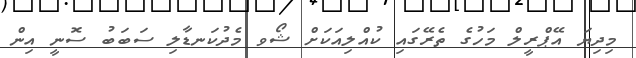
މިދިޔަ އޭޕްރީލް މަހުގެ ތެރޭގައި ކުއްލިއަކަށް ޝޯވ މެދުކަނޑާލި ސަބަބު ސޮނީ އިން